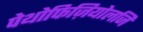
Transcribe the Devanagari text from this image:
पेथोफिज़ियोलजि